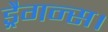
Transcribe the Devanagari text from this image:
ड्रैगन्स।